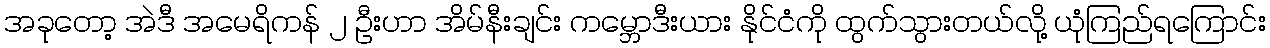
အခုတော့ အဲဒီ အမေရိကန် ၂ ဦးဟာ အိမ်နီးချင်း ကမ္ဘောဒီးယား နိုင်ငံကို ထွက်သွားတယ်လို့ ယုံကြည်ရကြောင်း